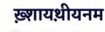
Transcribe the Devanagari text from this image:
ख़्शायथ़ीयनम